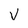
Character: v